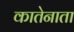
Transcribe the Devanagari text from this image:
कातेनाता